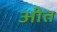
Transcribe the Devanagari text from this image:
अीत